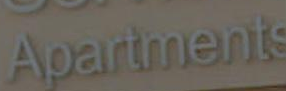
Apartments